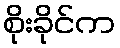
စိုးခိုင်က